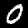
Label: 0